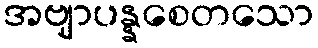
အဗျာပန္နစေတသော